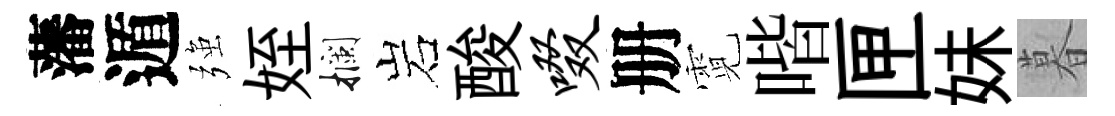
藩遁强姪攔岩酸啜册霓喈匣妹暮